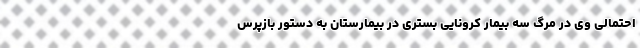
احتمالی وی در مرگ سه بیمار کرونایی بستری در بیمارستان به دستور بازپرس